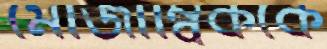
মোজাম্বিককে